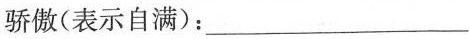
骄傲(表示自满)：___